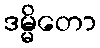
ဒမ္မိတော